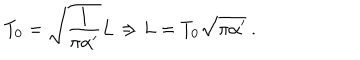
T _ { 0 } = \sqrt { \frac { 1 } { \pi \alpha ^ { \prime } } } L \Rightarrow L = T _ { 0 } \sqrt { \pi \alpha ^ { \prime } } \ .